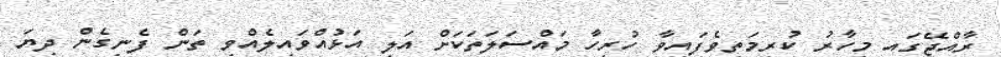
ރާއްޖޭގައި މިހާރު ކުރިމަތިވެފައިވާ ހުރިހާ މައްސަލަަތަކަށް އަލި އަޅުއްވައިލެއްވި ތަން ފެނިގެން ދިޔަ